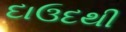
દાઉદથી